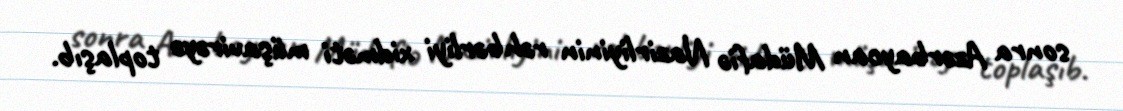
sonra Azərbaycan Müdafiə Nazirliyinin rəhbərliyi xidməti müşavirəyə toplaşıb.